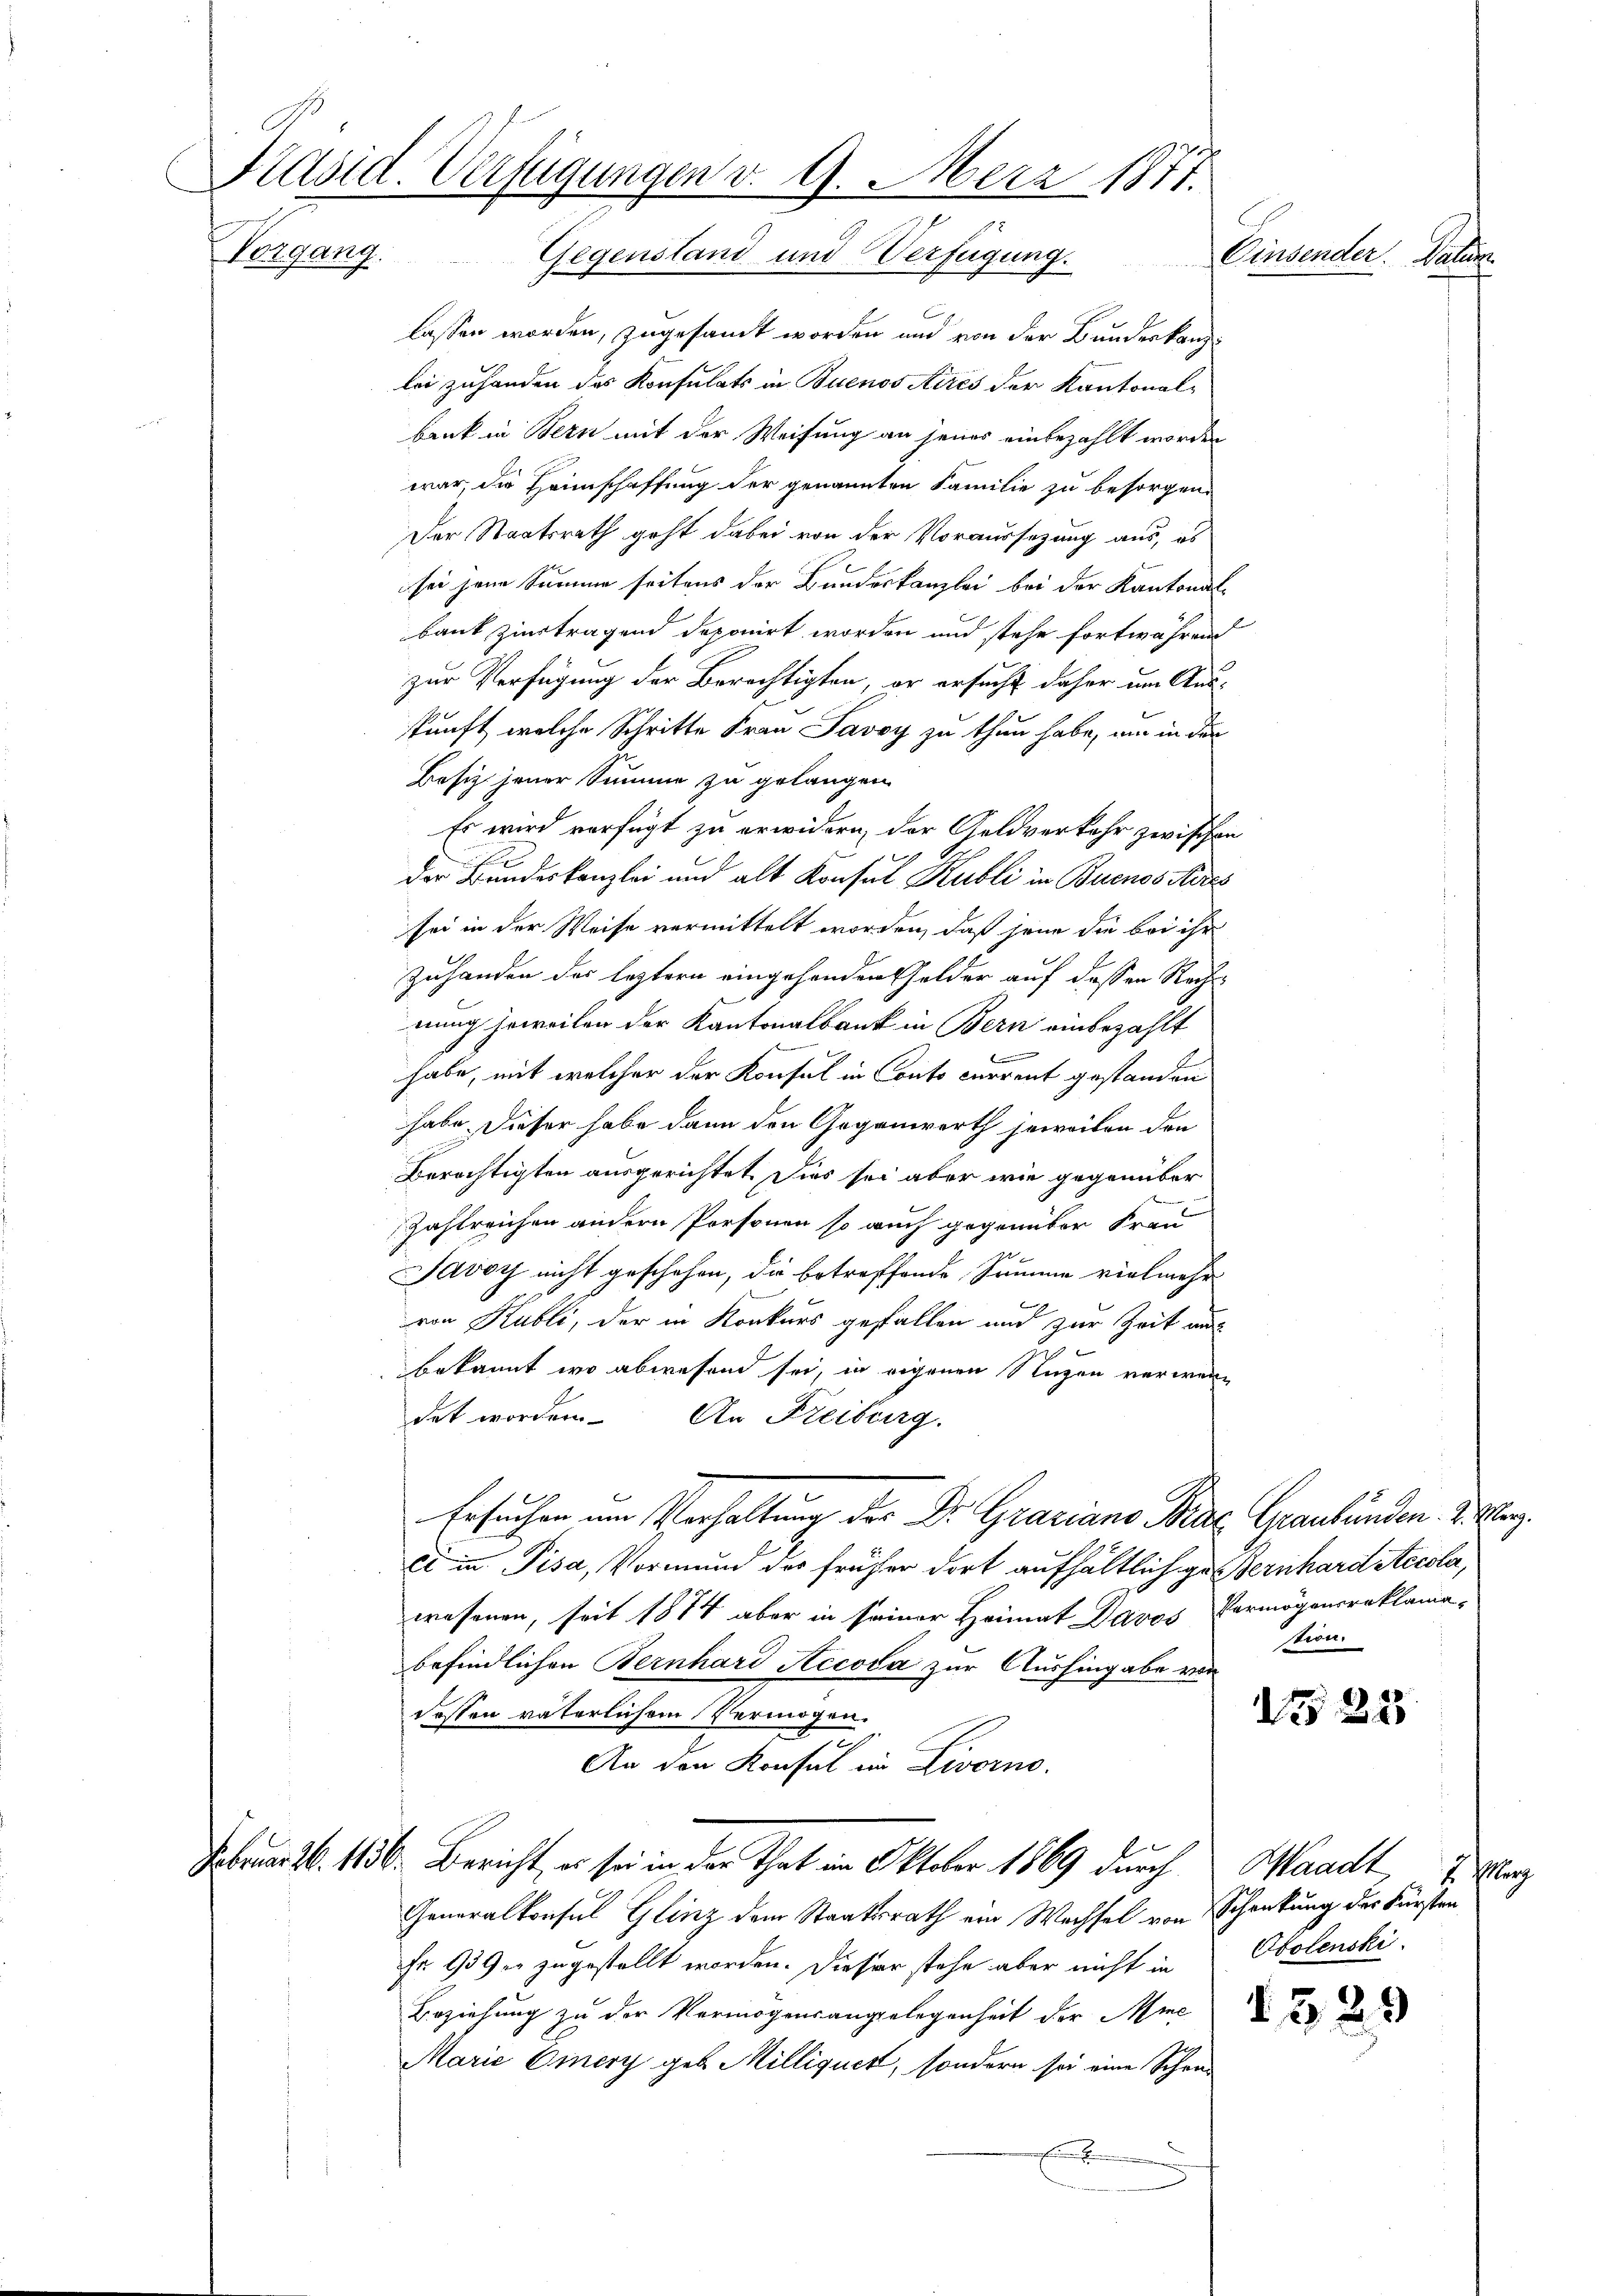
Präsid. Verfügungen v. 9. Merz 1871.
egung
Einsender. Datum
Gegenstand und Verfügung.

lassen worden, zugesamt worden und von der Bundeskanzlei zuhanden des Konsulats in Buenos Aires der Kantonal-
bank in Bern mit der Weisung an jenes einbezahlt worden
war, die Heimschaffung der genannten Familie zu besorgen.
Der Staatsrath geht dabei von der Voraussezung aus, es
sei jene Summe seitens der Bundeskanzlei bei der Kantonal-
bank ziertragend deponirt worden und stehe fortwährend
zur Verfügung der Berechtigten, er ersucht daher um Aus-
kunft, welche Schritte Frau Savoy zu thun habe, um in den
Besiz jener Summe zu gelangen
Es wird verfügt zu erwidern, der Geldverkehr zwischen
der Bundeskanzlei und alt Konsul Kubli in Buenos Aires
sei in der Weise vermittelt worden, daß jene die bei ihr
zuhanden des leztern eingehenden Gelder auf dessen Rechnung jeweilen der Kantonalbank in Bern einbezahlt
f
habe, mit welcher der Konsul in Conto current gestanden
habe dieser habe dann den Gegenwerth jeweilen den
Berichtigten ausgerichtet. Dies sei aber wie gegenüber
Zahlreichen andern Personen so auch gegenüber Frau
1
Javoy nicht geschehen, die betreffende Summe vielmehr
f
von Kubli, der in Konkurs gefallen und zur Zeit auf
bekannt wo abwesend sei, in eigenen Nuzen verwendet worden. An Freiburg.
Ersuchen um Verhaltung der Dr. Graziano Prac Graubünden. 2. Mang
Ei in Pisa, Vormund der früher dort aufhältlich zu Bernhardsticola,
wesenen, seit 1874 aber in seiner Heimat Davos Vermögensreklama-
befindlichen Bernhard Accova zur Aushingabe von
dessen väterlichem Vermögen.
3
An den Konsul in Livorno.
Februar Z. 1136. Bericht, es sei in der That im Oktober 1869 durch Waadt,
Generalkonsul Glinz dem Staatsrath ein Wechsel von Schenkung des Fürsten
Fr. 939 er zugestellt worden. Dieser stehe aber nicht in Obolenski-
Beziehung zu der Vermögensangelegenheit der Ane
Marie Einery geb. Milliquet, sondern sei eine Schen¬
E

tion.

N 22

Merz

9